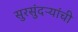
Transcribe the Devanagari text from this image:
सुरसुंदऱ्यांची